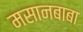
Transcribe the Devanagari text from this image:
मसानबाबा